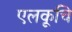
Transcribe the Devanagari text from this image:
एलकूचि